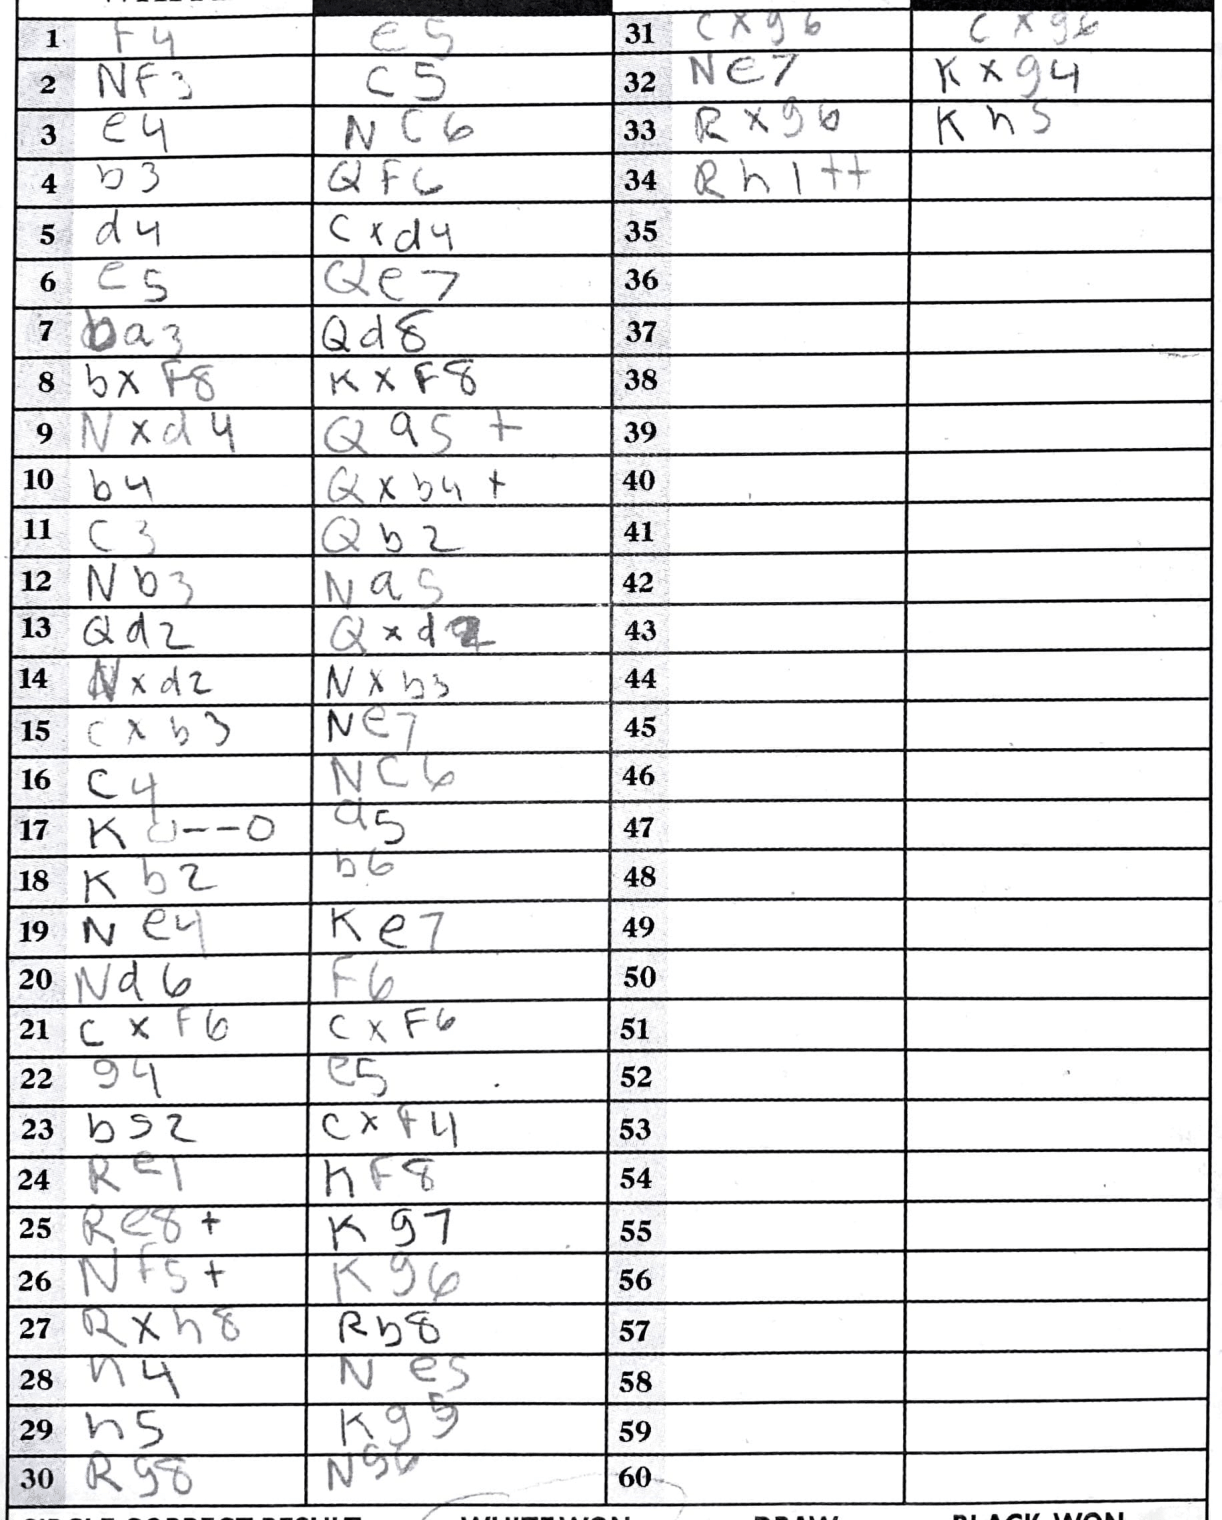
Moves: f4 e5 Nf3 c5 e4 Nc6 b3 Qf6 d4 cxd4 e5 Qe7 ba3 Qd8 bxf8 Kxf8 Nxd4 Qa5+ b4 Oxb4+ c3 Qb2 Nb3 Na5 Qa2 Qxd2 Nxd2 Nxb3 cxb3 Ne7 c4 Nc6 KO--O a5 Kb2 b6 Ne4 Ke7 Nd6 f6 cxf6 cxf6 g4 e5 bg2 cxf4 Re1 Kf8 Re8+ Kg7 Nf5+ Kg6 Rxh8 Rb8 h4 Ne5 h5 Kg5 Rg8 Ng6 cxg6 cxg6 Ne7 Kxg4 Rxg6 Kh5 Rh1++